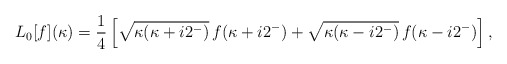
\begin{align*}L_0[f](\kappa)=\frac{1}{4}\left[\sqrt{\kappa(\kappa+i2^-)}\,f(\kappa+i2^-)+\sqrt{\kappa(\kappa-i2^-)}\,f(\kappa-i2^-)\right],\end{align*}